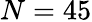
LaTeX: N=45